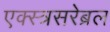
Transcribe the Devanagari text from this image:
एक्स्त्रसरेब्रल